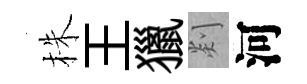
株王獵剡河